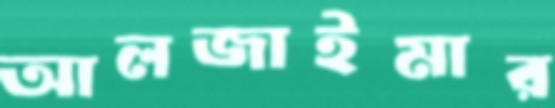
আলজাইমার